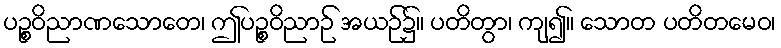
ပဉ္စဝိညာဏသောတေ၊ ဤပဉ္စဝိညာဉ် အယဉ်၌။ ပတိတွာ၊ ကျ၍။ သောတ ပတိတမေဝ၊